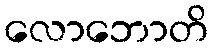
လောဘောတိ